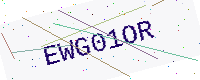
Text: EWG01OR